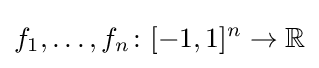
f_{1},\ldots ,f_{n}\colon [-1,1]^{n}\to \mathbb {R}